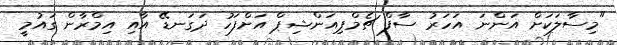
"މިސާލަކަށް އަންނަ އަހަރު ސާފް ޗެމްޕިއަންޝިޕް އަށްފަހު ދަގަނޑޭ އާއި އިމްރާން ގައުމީ